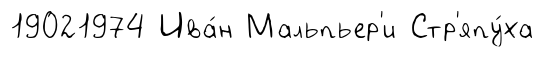
19021974 Ива́н Мальпьер'и Стр'япу́ха